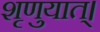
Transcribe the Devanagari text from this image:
शृणुयात्।